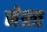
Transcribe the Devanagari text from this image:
नेत्र्त्व